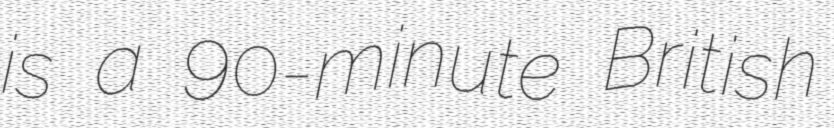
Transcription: is a 90-minute British